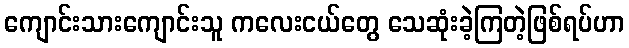
ကျောင်းသားကျောင်းသူ ကလေးငယ်တွေ သေဆုံးခဲ့ကြတဲ့ဖြစ်ရပ်ဟာ